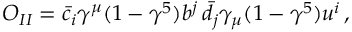
O _ { I I } = \bar { c } _ { i } \gamma ^ { \mu } ( 1 - \gamma ^ { 5 } ) b ^ { j } \, \bar { d } _ { j } \gamma _ { \mu } ( 1 - \gamma ^ { 5 } ) u ^ { i } \, ,